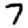
Digit: 7